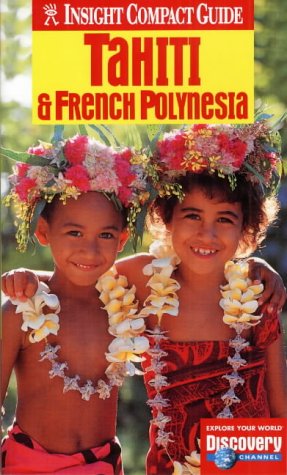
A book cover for Tahiti and French Polynesia Insight Compact Guide (Insight Compact Guides); Travel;